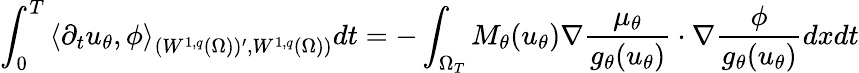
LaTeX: \int_{0}^{T}\left<\partial_{t}u_{\theta},\phi\right>_{(W^{1,q}(\Omega))^{\prime},W^{1,q}(\Omega))}dt=-\int_{\Omega_{T}}M_{\theta}(u_{\theta})\nabla\frac{\mu_{\theta}}{g_{\theta}(u_{\theta})}\cdot\nabla\frac{\phi}{g_{\theta}(u_{\theta})}dxdt